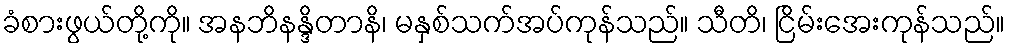
ခံစားဖွယ်တို့ကို။ အနဘိနန္ဒိတာနိ၊ မနှစ်သက်အပ်ကုန်သည်။ သီတိ၊ ငြိမ်းအေးကုန်သည်။